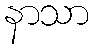
နာသာ